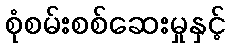
စုံစမ်းစစ်ဆေးမှုနှင့်